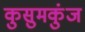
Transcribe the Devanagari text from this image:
कुसुमकुंज